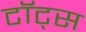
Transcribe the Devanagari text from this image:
टॉट्स